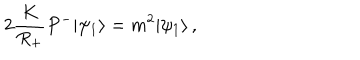
2 \frac { K } { R _ { + } } P ^ { - } | \psi _ { 1 } \rangle = m ^ { 2 } | \psi _ { 1 } \rangle \, ,